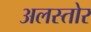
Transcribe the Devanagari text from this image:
अलस्तोर